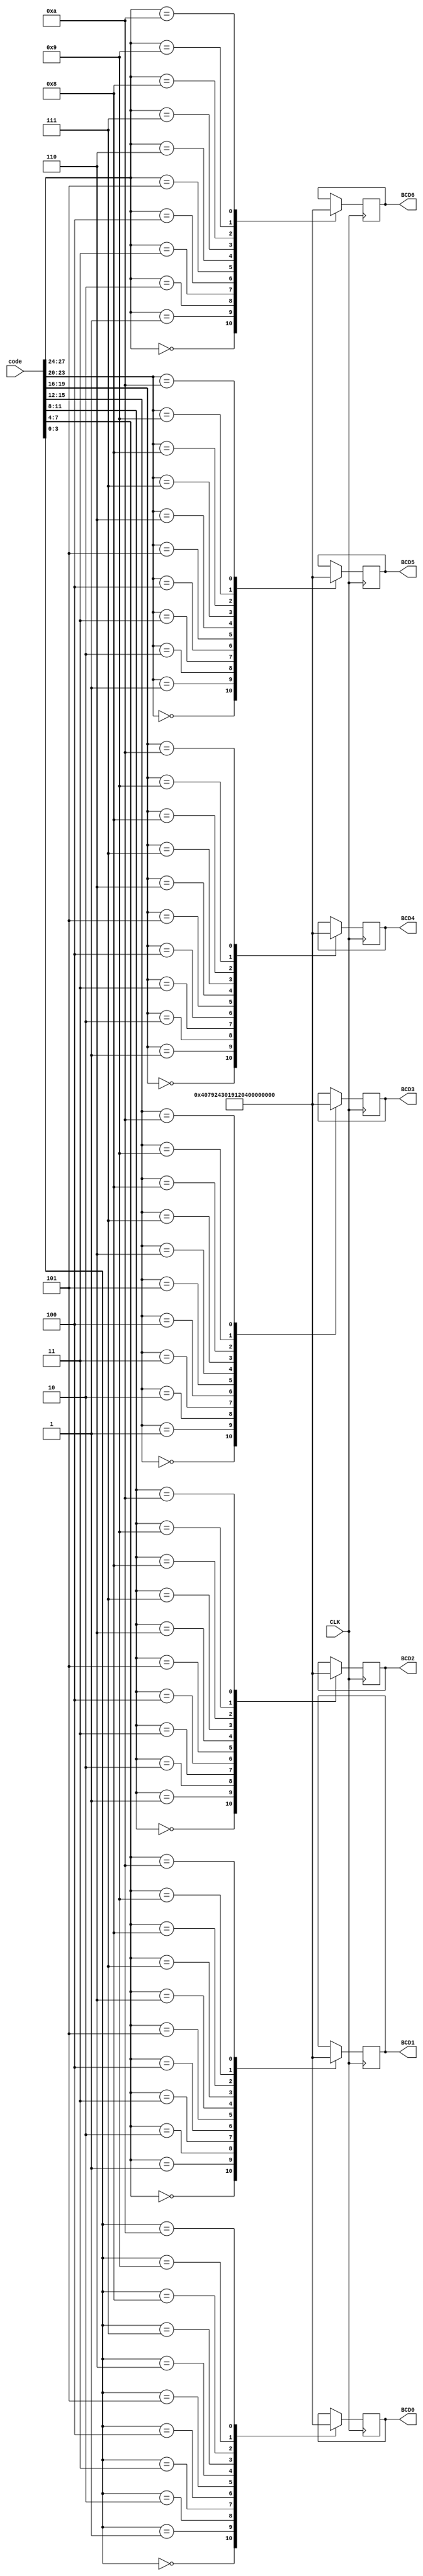
module BDC_7SEGx(
    input [27:0] code,
    input CLK,
    output reg [7:0] BCD0, BCD1, BCD2, BCD3, BCD4, BCD5, BCD6
);

initial begin
    BCD0 = 7'b0111111;
    BCD1 = 7'b0111111;
    BCD2 = 7'b0111111;
    BCD3 = 7'b0111111;
    BCD4 = 7'b0111111;
    BCD5 = 7'b0111111;
    BCD6 = 7'b0111111;
end

always @ (posedge CLK) begin
        case(code[3:0])
            4'b0000: BCD0 = 7'b1000000;
            4'b0001: BCD0 = 7'b1111001;
            4'b0010: BCD0 = 7'b0100100;
            4'b0011: BCD0 = 7'b0110000;
            4'b0100: BCD0 = 7'b0011001;
            4'b0101: BCD0 = 7'b0010010;
            4'b0110: BCD0 = 7'b0000010;
            4'b0111: BCD0 = 7'b1111000;
            4'b1000: BCD0 = 7'b0000000;
            4'b1001: BCD0 = 7'b0011000;
            4'b1010: BCD0 = 7'b0111111;
        endcase
        case(code[7:4])
            4'b0000: BCD1 = 7'b1000000;
            4'b0001: BCD1 = 7'b1111001;
            4'b0010: BCD1 = 7'b0100100;
            4'b0011: BCD1 = 7'b0110000;
            4'b0100: BCD1 = 7'b0011001;
            4'b0101: BCD1 = 7'b0010010;
            4'b0110: BCD1 = 7'b0000010;
            4'b0111: BCD1 = 7'b1111000;
            4'b1000: BCD1 = 7'b0000000;
            4'b1001: BCD1 = 7'b0011000;
            4'b1010: BCD1 = 7'b0111111;
        endcase
        case(code[11:8])
            4'b0000: BCD2 = 7'b1000000;
            4'b0001: BCD2 = 7'b1111001;
            4'b0010: BCD2 = 7'b0100100;
            4'b0011: BCD2 = 7'b0110000;
            4'b0100: BCD2 = 7'b0011001;
            4'b0101: BCD2 = 7'b0010010;
            4'b0110: BCD2 = 7'b0000010;
            4'b0111: BCD2 = 7'b1111000;
            4'b1000: BCD2 = 7'b0000000;
            4'b1001: BCD2 = 7'b0011000;
            4'b1010: BCD2 = 7'b0111111;
        endcase
        case(code[15:12])
            4'b0000: BCD3 = 7'b1000000;
            4'b0001: BCD3 = 7'b1111001;
            4'b0010: BCD3 = 7'b0100100;
            4'b0011: BCD3 = 7'b0110000;
            4'b0100: BCD3 = 7'b0011001;
            4'b0101: BCD3 = 7'b0010010;
            4'b0110: BCD3 = 7'b0000010;
            4'b0111: BCD3 = 7'b1111000;
            4'b1000: BCD3 = 7'b0000000;
            4'b1001: BCD3 = 7'b0011000;
            4'b1010: BCD3 = 7'b0111111;
        endcase
        case(code[19:16])
            4'b0000: BCD4 = 7'b1000000;
            4'b0001: BCD4 = 7'b1111001;
            4'b0010: BCD4 = 7'b0100100;
            4'b0011: BCD4 = 7'b0110000;
            4'b0100: BCD4 = 7'b0011001;
            4'b0101: BCD4 = 7'b0010010;
            4'b0110: BCD4 = 7'b0000010;
            4'b0111: BCD4 = 7'b1111000;
            4'b1000: BCD4 = 7'b0000000;
            4'b1001: BCD4 = 7'b0011000;
            4'b1010: BCD4 = 7'b0111111;
        endcase
        case(code[23:20])
            4'b0000: BCD5 = 7'b1000000;
            4'b0001: BCD5 = 7'b1111001;
            4'b0010: BCD5 = 7'b0100100;
            4'b0011: BCD5 = 7'b0110000;
            4'b0100: BCD5 = 7'b0011001;
            4'b0101: BCD5 = 7'b0010010;
            4'b0110: BCD5 = 7'b0000010;
            4'b0111: BCD5 = 7'b1111000;
            4'b1000: BCD5 = 7'b0000000;
            4'b1001: BCD5 = 7'b0011000;
            4'b1010: BCD5 = 7'b0111111;
        endcase
        case(code[27:24])
            4'b0000: BCD6 = 7'b1000000;
            4'b0001: BCD6 = 7'b1111001;
            4'b0010: BCD6 = 7'b0100100;
            4'b0011: BCD6 = 7'b0110000;
            4'b0100: BCD6 = 7'b0011001;
            4'b0101: BCD6 = 7'b0010010;
            4'b0110: BCD6 = 7'b0000010;
            4'b0111: BCD6 = 7'b1111000;
            4'b1000: BCD6 = 7'b0000000;
            4'b1001: BCD6 = 7'b0011000;
            4'b1010: BCD6 = 7'b0111111;
        endcase
end

endmodule